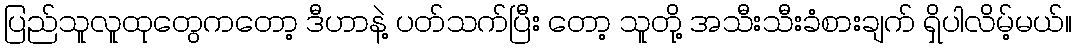
ပြည်သူလူထုတွေကတော့ ဒီဟာနဲ့ ပတ်သက်ပြီး တော့ သူတို့ အသီးသီးခံစားချက် ရှိပါလိမ့်မယ်။